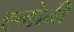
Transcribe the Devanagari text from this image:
ह्नोबी